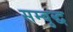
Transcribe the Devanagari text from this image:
सम्बुद्ध